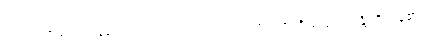
ဥပါသကာ၏။ ဣမေဥပါသကဂုဏာ၊ ဤဥပါသကဂုဏ်တို့သည်။ သန္တိ၊ ရှိကုန်၏။